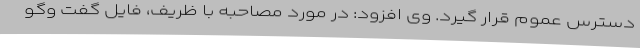
دسترس عموم قرار گیرد. وی افزود: در مورد مصاحبه با ظریف، فایل گفت وگو